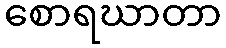
စောရဃာတာ